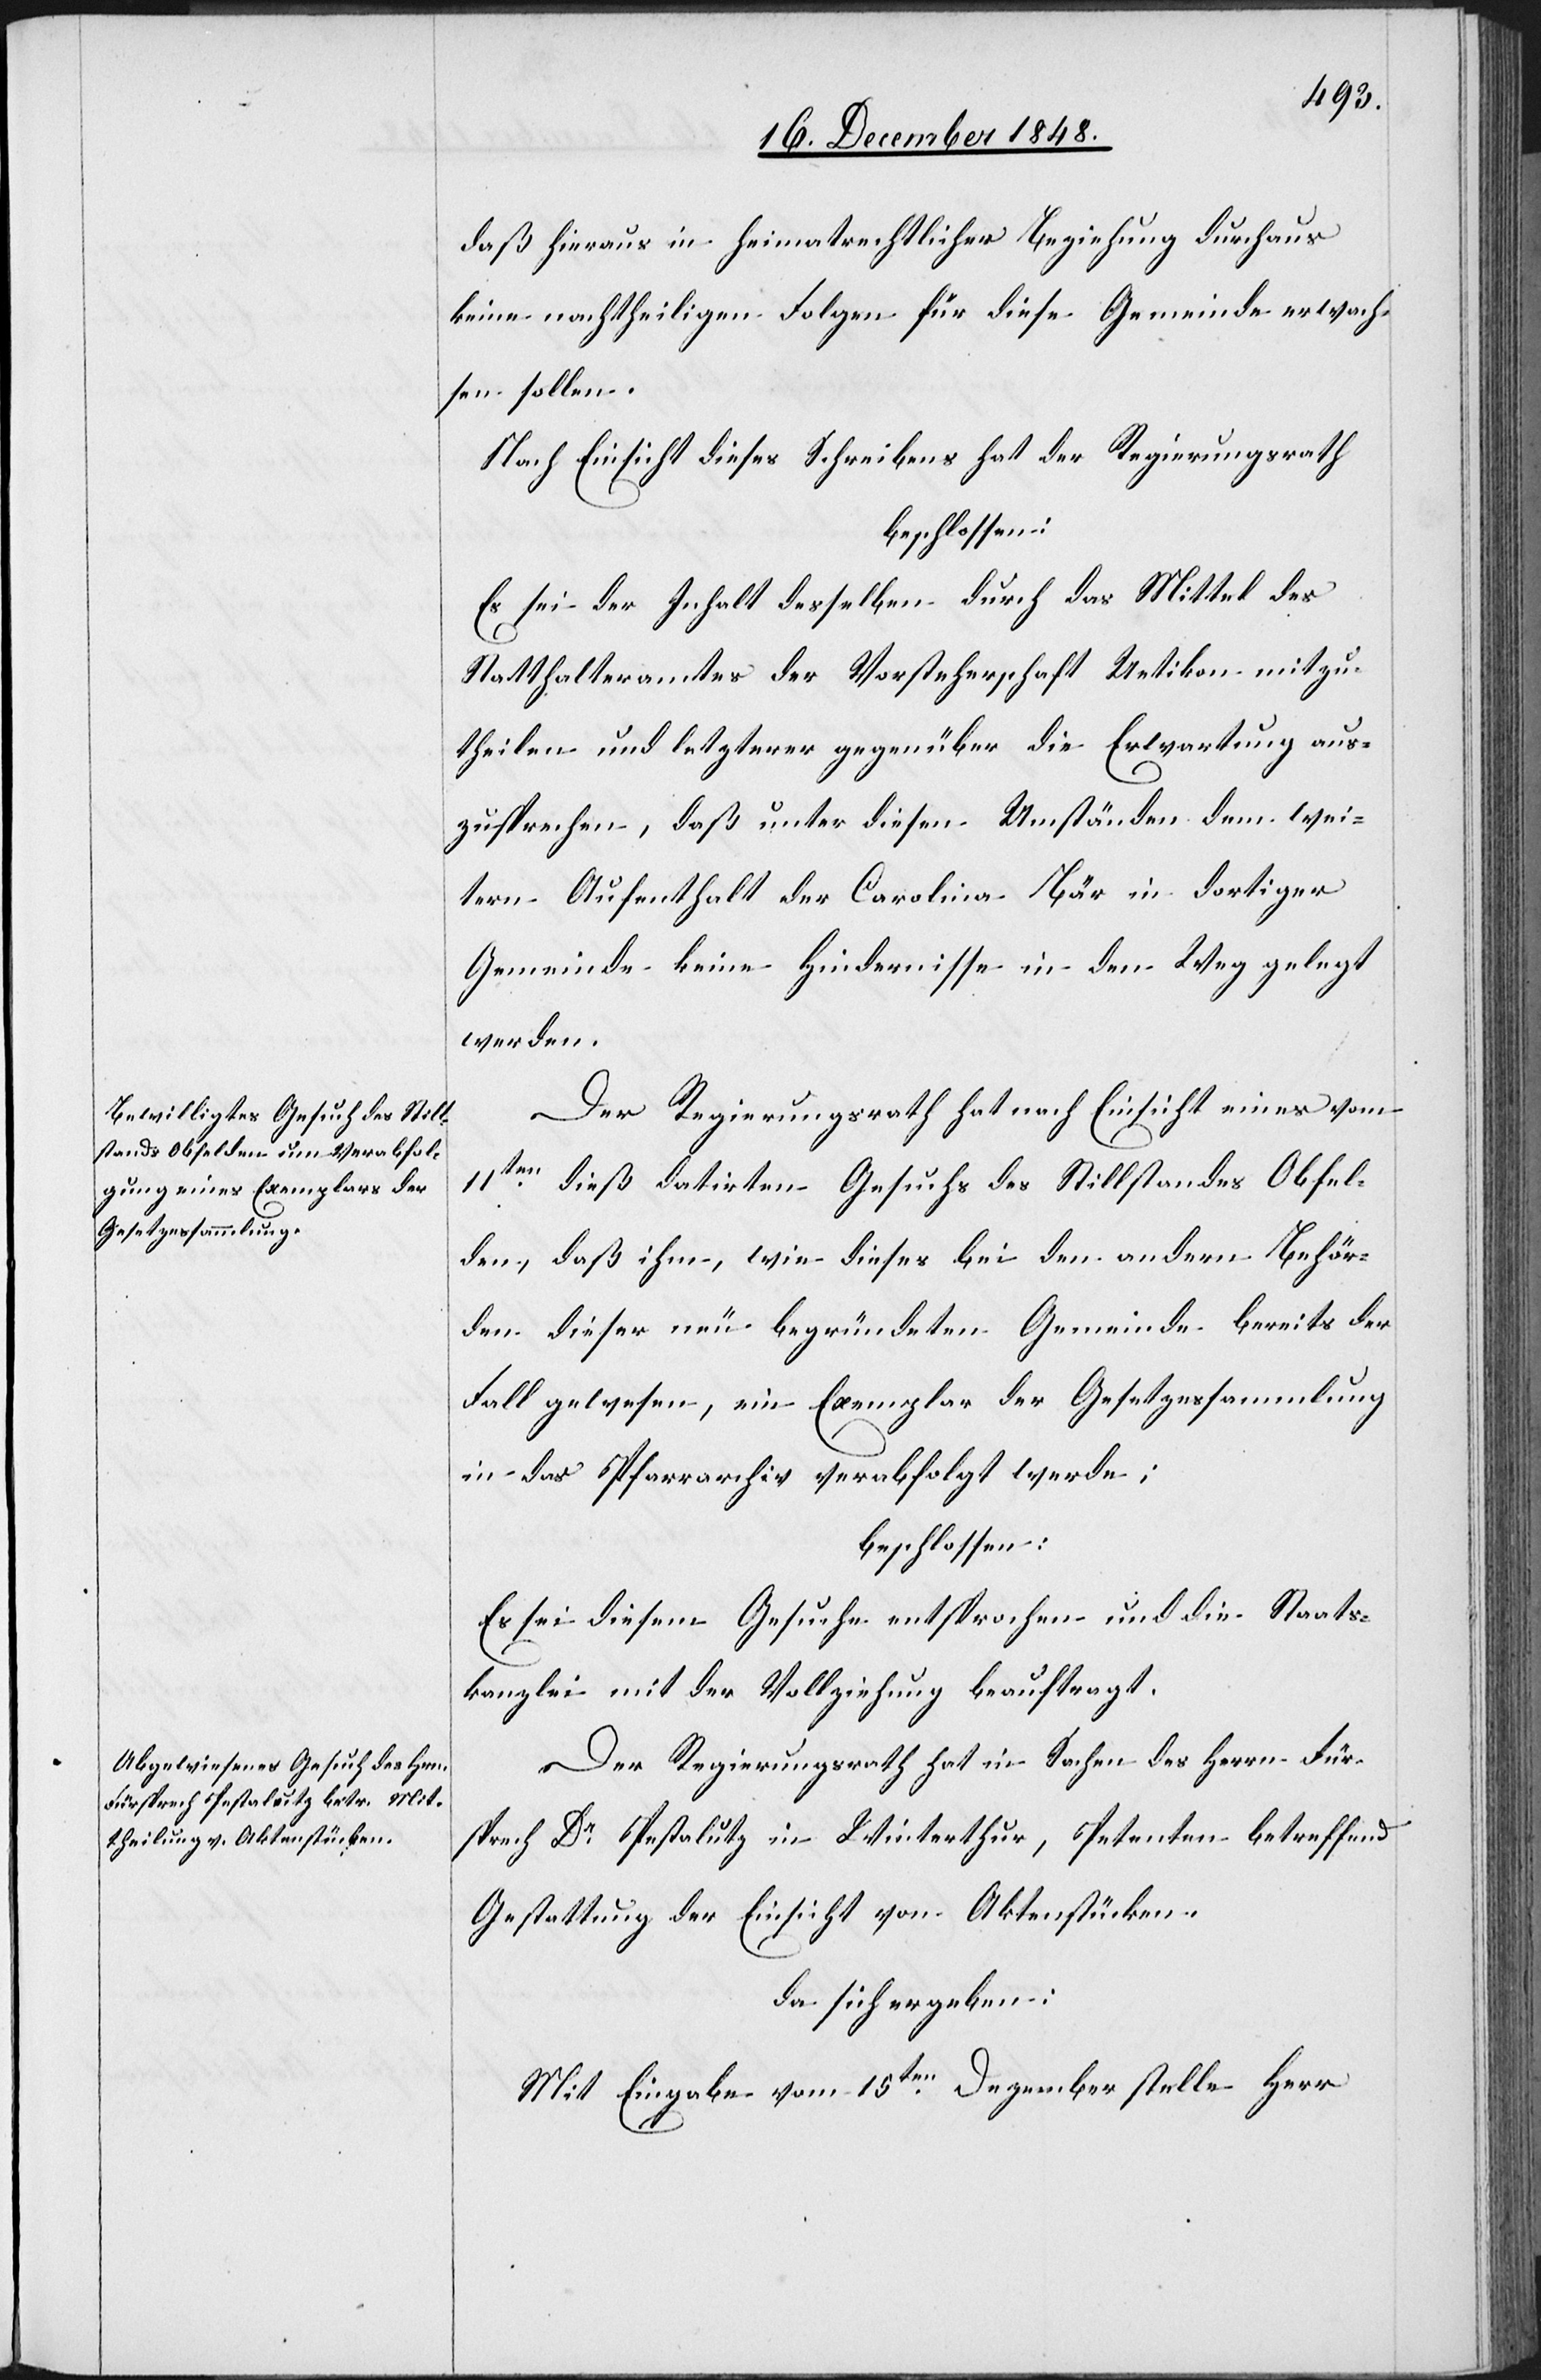
daß hieraus in heimatrechtlicher Beziehung durchaus
keine nachtheiligen Folgen für diese Gemeinde erwach¬
sen sollen.
Nach Einsicht dieses Schreibens hat der Regierungsrath
beschlossen:
Es sei der Inhalt desselben durch das Mittel des
Statthalteramtes der Vorsteherschaft Uetikon mitzu¬
theilen und letzterer gegenüber die Erwartung aus¬
zusprechen, daß unter diesen Umständen dem wei¬
tern Aufenthalt der Carolina Bär in dortiger
Gemeinde keine Hindernisse in den Weg gelegt
werden.
Der Regierungsrath hat nach Einsicht eines vom
11ten dieß datirten Gesuchs des Stillstandes Obfel¬
den, daß ihm, wie dieses bei den andern Behör¬
den dieser neu begründeten Gemeinde bereits der
Fall gewesen, ein Exemplar der Gesetzessammlung
in das Pfarrarchiv verabfolgt werde;
beschlossen:
Es sei diesem Gesuche entsprochen und die Staats¬
kanzlei mit der Vollziehung beauftragt.
Der Regierungsrath hat in Sachen des Herrn Für¬
sprech Dr Pestalutz in Winterthur, Petenten betreffend
Gestattung der Einsicht von Aktenstücken,
da sich ergeben:
Mit Eingabe vom 15ten Dezember stelle Herr